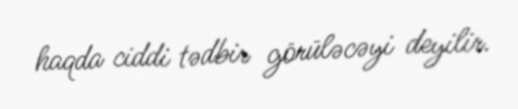
haqda ciddi tədbir görüləcəyi deyilir.